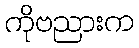
ကိုဗညားက